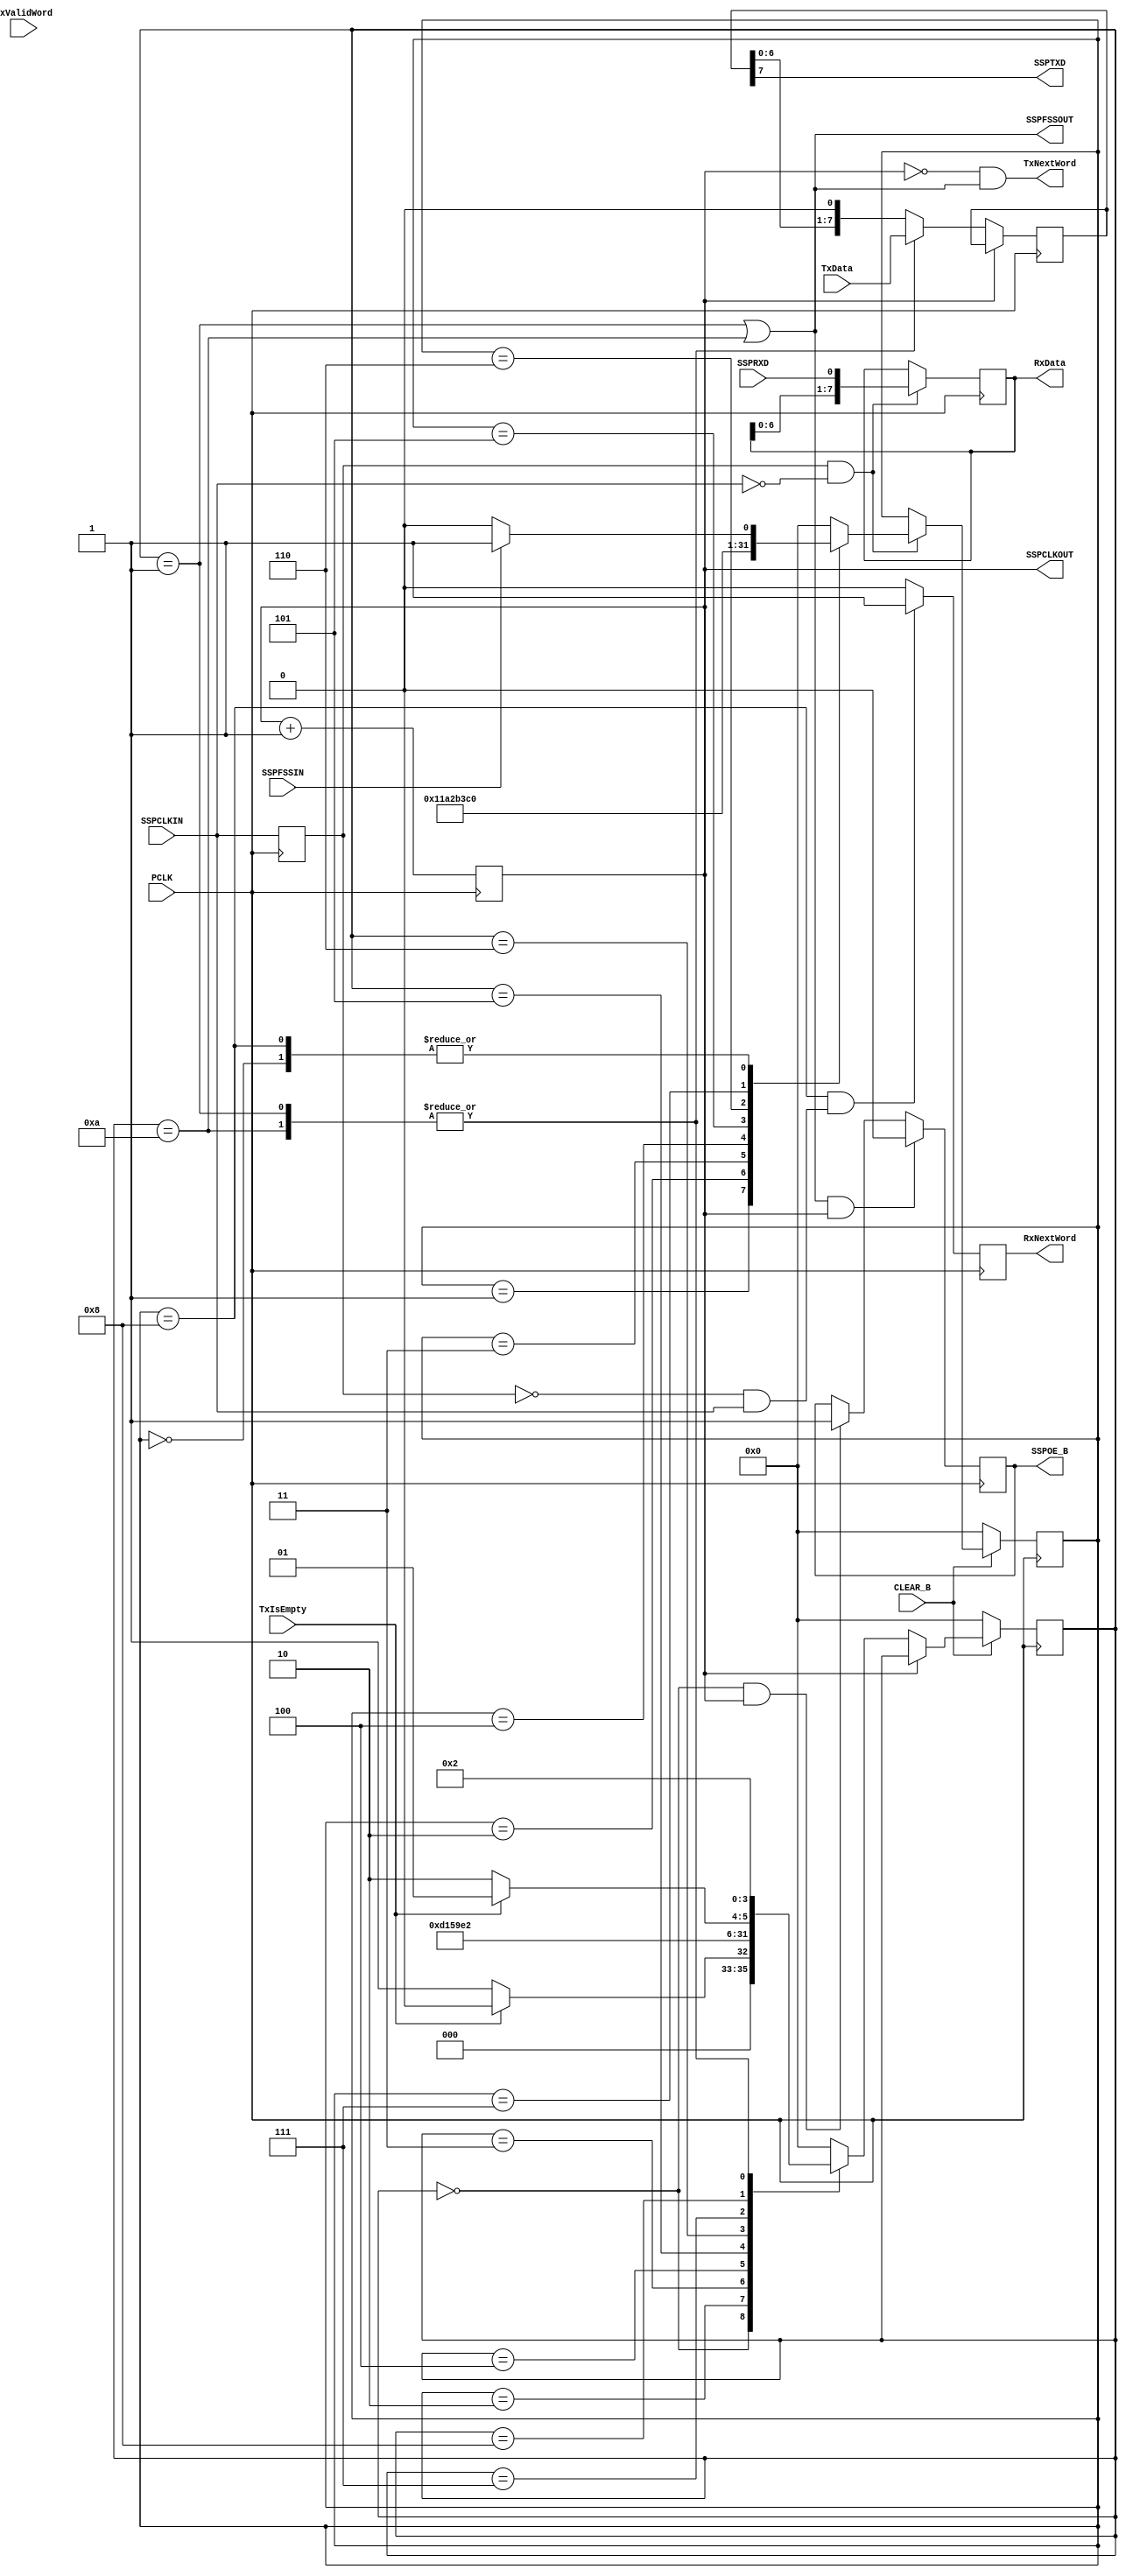
// Haowei Chen hxc713
// The core serialization/deserialization logic for the SSP

// Processor interface uses:
// CLEAR_B

// Receive FIFO interface logic uses:
// RxData, RxNextWord

// Transmit FIFO interface logic uses:
// TxData, TxValidWord, TxNextWord

// World-facing serial port interface uses:
// SSPCLKIN, SSPFSSIN, SSPRXD, SSPCLKOUT, SSPFSSOUT, SSPTXD, SSPOE_B

`timescale 1 ns / 10 ps

module ssp_tx_rx (
         input PCLK,
         input CLEAR_B,
         input SSPCLKIN, SSPFSSIN, SSPRXD,
         input [ 7: 0 ] TxData,
         input TxValidWord, TxIsEmpty,
         output TxNextWord,
         output [ 7: 0 ] RxData,
         output RxNextWord,
         output SSPCLKOUT, SSPFSSOUT, SSPTXD, SSPOE_B
       );

reg ssp_out_clk_div = 1'b0;
assign SSPCLKOUT = ssp_out_clk_div;

// Clock happens
always @( posedge PCLK ) ssp_out_clk_div <= ssp_out_clk_div + 1'b1;

// Control state machine transitions to happen after the low cycle of the
// divided-by-two system clock (could be updated for slower SSP clock)
wire update_state = ( ssp_out_clk_div == 1'b0 );
// And control SSPOE_B, in part, with the cycle before falling edge
wire pre_update_state = ( ssp_out_clk_div == 1'b1 );

// Transmit operation
reg [ 7: 0 ] shift_out = 8'b0;
reg TxNextWord_lcl, SSPOE_B_lcl;
reg [ 3: 0 ] tx_state, tx_next_state;
parameter
  tx_idle = 4'd0,
  tx_load = 4'd1,
  tx_shift7 = 4'd2,
  tx_shift6 = 4'd3,
  tx_shift5 = 4'd4,
  tx_shift4 = 4'd5,
  tx_shift3 = 4'd6,
  tx_shift2 = 4'd7,
  tx_shift1 = 4'd8,
  tx_shift0 = 4'd9,
  tx_shift0_load = 4'd10;

wire tx_loading = ( tx_state == tx_load ) || ( tx_state == tx_shift0_load );

assign SSPTXD = shift_out[ 7 ];
assign TxNextWord = TxNextWord_lcl;
assign SSPOE_B = SSPOE_B_lcl;
assign SSPFSSOUT = tx_loading;

// State change
always @( posedge PCLK ) begin
  if ( ~CLEAR_B )
  begin
    tx_state <= tx_idle;
  end else
  begin
    tx_state <= tx_next_state;
  end
end

always @( * ) begin
  // Manage transmit state machine
  if ( update_state )
  begin
    case ( tx_state )
      tx_idle:
        // Start the process by going to the loading state
        if ( ~TxIsEmpty )
        begin
          tx_next_state <= tx_load;
        end
        else
        begin
          tx_next_state <= tx_idle;
        end
      tx_load:
        tx_next_state <= tx_shift7;
      tx_shift7:
        tx_next_state <= tx_shift6;
      tx_shift6:
        tx_next_state <= tx_shift5;
      tx_shift5:
        tx_next_state <= tx_shift4;
      tx_shift4:
        tx_next_state <= tx_shift3;
      tx_shift3:
        tx_next_state <= tx_shift2;
      tx_shift2:
        tx_next_state <= tx_shift1;
      tx_shift1:
        // Check for continuous output frames
        if ( ~TxIsEmpty )
        begin
          tx_next_state <= tx_shift0_load;
        end
        else
        begin
          tx_next_state <= tx_shift0;
        end
      tx_shift0:
        tx_next_state <= tx_idle;
      tx_shift0_load:
        tx_next_state <= tx_shift7;
      default:
        tx_next_state <= tx_idle;
    endcase
  end else
  begin
    tx_next_state <= tx_state;
  end
end

always @( posedge PCLK ) begin
  // Manage the transmit shift register
  if ( update_state )
  begin
    case ( tx_state )
      tx_load:
        shift_out <= TxData;
      tx_shift0_load:
        shift_out <= TxData;
      default:
        shift_out <= { shift_out[ 6: 0 ], 1'b0 };
    endcase
  end
end

always @( * ) begin
  TxNextWord_lcl <= update_state && tx_loading ;
end

always @( posedge PCLK ) begin
  if ( tx_loading && pre_update_state )
  begin
    SSPOE_B_lcl <= 1'b0;
  end else if ( ( tx_state == tx_idle ) && pre_update_state )
  begin
    SSPOE_B_lcl <= 1'b1;
  end else
  begin
    SSPOE_B_lcl <= SSPOE_B_lcl;
  end
end

// Receive operation
reg [ 7: 0 ] shift_in = 8'b0;
reg RxNextWord_lcl;
reg SSPCLKIN_prev;
reg [ 3: 0 ] rx_state, rx_next_state;
parameter
  rx_idle = 4'd0,
  rx_shift7 = 4'd1,
  rx_shift6 = 4'd2,
  rx_shift5 = 4'd3,
  rx_shift4 = 4'd4,
  rx_shift3 = 4'd5,
  rx_shift2 = 4'd6,
  rx_shift1 = 4'd7,
  rx_shift0 = 4'd8;

assign RxData = shift_in;
assign RxNextWord = RxNextWord_lcl;

// Recording history of the SSPCLKIN
always @( posedge PCLK ) SSPCLKIN_prev <= SSPCLKIN;

wire SSPCLKIN_fall = SSPCLKIN_prev && ~SSPCLKIN;
wire SSPCLKIN_rise = ~SSPCLKIN_prev && SSPCLKIN;

// State change
always @( posedge PCLK ) begin
  if ( ~CLEAR_B )
  begin
    rx_state <= rx_idle;
  end else
  begin
    rx_state <= rx_next_state;
  end
end

always @( * ) begin
  // Manage the receive state machine
  if ( SSPCLKIN_fall )
  begin
    case ( rx_state )
      rx_idle:
        // Start receive process by starting to receive data
        if ( SSPFSSIN )
        begin
          rx_next_state <= rx_shift7;
        end else
        begin
          rx_next_state <= rx_idle;
        end
      rx_shift7:
        rx_next_state <= rx_shift6;
      rx_shift6:
        rx_next_state <= rx_shift5;
      rx_shift5:
        rx_next_state <= rx_shift4;
      rx_shift4:
        rx_next_state <= rx_shift3;
      rx_shift3:
        rx_next_state <= rx_shift2;
      rx_shift2:
        rx_next_state <= rx_shift1;
      rx_shift1:
        rx_next_state <= rx_shift0;
      rx_shift0:
        // Time to continue the transaction?
        if ( SSPFSSIN )
        begin
          rx_next_state <= rx_shift7;
        end else
        begin
          rx_next_state <= rx_idle;
        end
      default:
        rx_next_state <= rx_idle;
    endcase
  end else
  begin
    rx_next_state <= rx_state;
  end
end

always @( posedge PCLK ) begin
  // Pretty simple shift register management
  if ( SSPCLKIN_fall )
  begin
    shift_in <= { shift_in[ 6: 0 ], SSPRXD };
  end else
  begin
    shift_in <= shift_in;
  end
end

always @( posedge PCLK ) begin
  // Control the receive FIFO
  if ( ( rx_state == rx_shift0 ) && SSPCLKIN_rise )
  begin
    RxNextWord_lcl <= 1'b1;
  end else
  begin
    RxNextWord_lcl <= 1'b0;
  end
end

endmodule